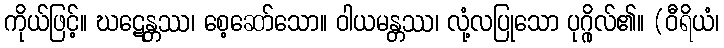
ကိုယ်ဖြင့်။ ဃဋေန္တဿ၊ စေ့ဆော်သော။ ဝါယမန္တဿ၊ လုံ့လပြုသော ပုဂ္ဂိုလ်၏။ (ဝီရိယံ၊